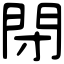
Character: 閉